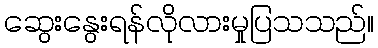
ဆွေးနွေးရန်လိုလားမှုပြသသည်။